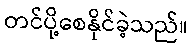
တင်ပို့စေနိုင်ခဲ့သည်။